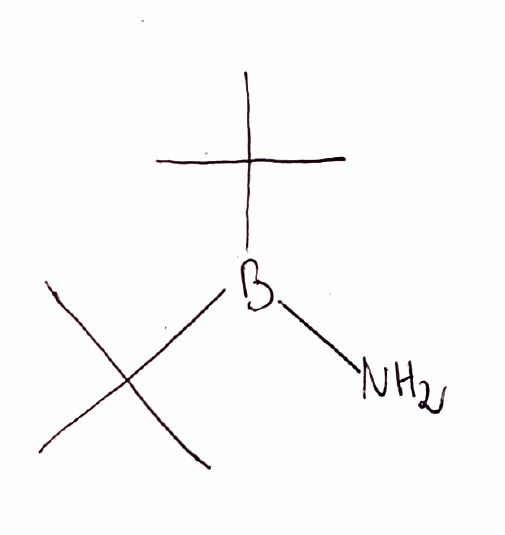
Simplified molecular-input line-entry system (SMILES) notation of the given molecule:
B(C(C)(C)C)(C(C)(C)C)N